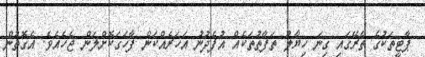
ޕާޓީތަކުގެ ތެރޭގައި ގިނަ ހިޔާލު ތަފާތުތަކެއް އުފެދުނު އަހަރެއްކަން ފާހަގަކޮށްލަން ޖެހެއެވެ. އެގޮތުން